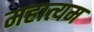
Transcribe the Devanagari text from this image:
महात्यम